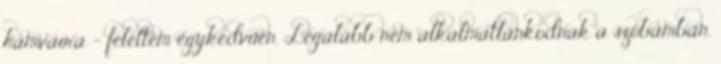
hamvaira - feleltem egykedvűen. Legalább nem alkalmatlankodnak a szobámban.